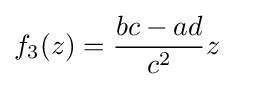
f_{3}(z)={\frac {bc-ad}{c^{2}}}z\quad